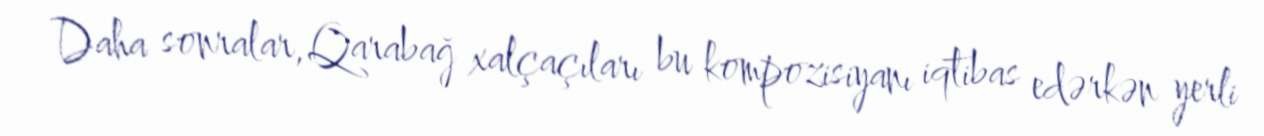
Daha sonralar, Qarabağ xalçaçıları bu kompozisiyanı iqtibas edərkən yerli